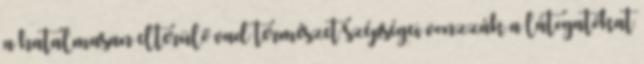
a hatalmasan elterülő vad természet szépségei vonzzák a látogatókat